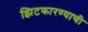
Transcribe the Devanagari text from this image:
झिटकारण्याची